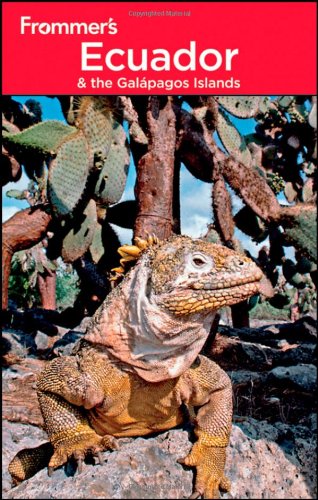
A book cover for Frommer's Ecuador and the Galapagos Islands (Frommer's Complete Guides); Eliot Greenspan; Travel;